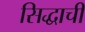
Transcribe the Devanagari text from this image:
सिद्धाची